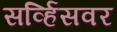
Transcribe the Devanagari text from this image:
सर्व्हिसवर